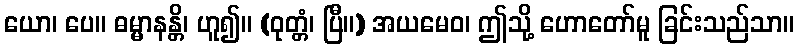
ယော၊ ပေ။ ဓမ္မာနန္တိ၊ ဟူ၍။ (ဝုတ္တံ၊ ပြီ။) အယမေဝ၊ ဤသို့ ဟောတော်မူ ခြင်းသည်သာ။